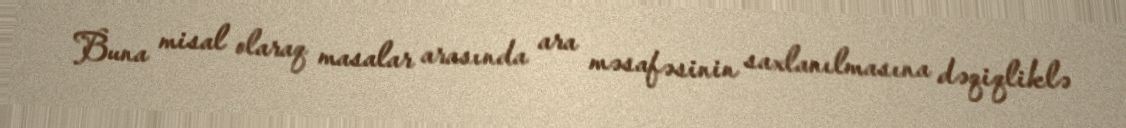
Buna misal olaraq masalar arasında ara məsafəsinin saxlanılmasına dəqiqliklə